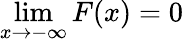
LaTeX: \operatorname*{lim}_{x\rightarrow-\infty}F(x)=0